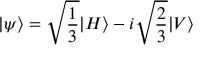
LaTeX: | \psi \rangle = { \sqrt { \frac { 1 } { 3 } } } | H \rangle - i { \sqrt { \frac { 2 } { 3 } } } | V \rangle